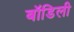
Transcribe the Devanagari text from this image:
बॉडिली